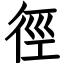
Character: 徑